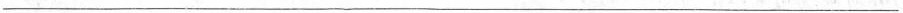
___